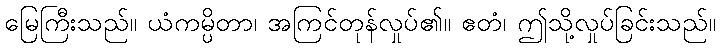
မြေကြီးသည်။ ယံကမ္ပိတာ၊ အကြင်တုန်လှုပ်၏။ ဧတံ၊ ဤသို့လှုပ်ခြင်းသည်။